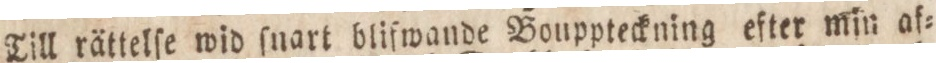
Till rättelfe wid ſnart blifwande Bouppteckning efter min af=